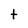
Character: t